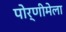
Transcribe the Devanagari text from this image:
पोर्णीमेला